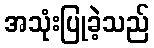
အသုံးပြုခဲ့သည်